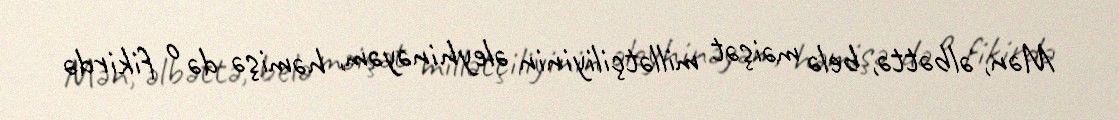
Mən, əlbəttə, belə məişət millətçiliyinin əleyhinəyəm, həmişə də o fikirdə